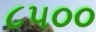
૮૫૦૦